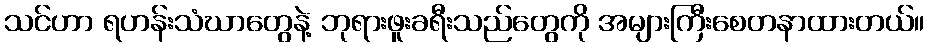
သင်ဟာ ရဟန်းသံဃာတွေနဲ့ ဘုရားဖူးခရီးသည်တွေကို အများကြီးစေတနာထားတယ်။